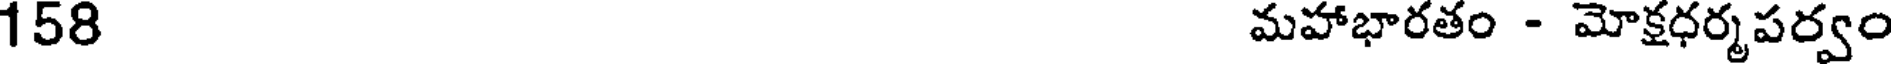
158 మహాభారతం - మోక్షధర్మపర్వం